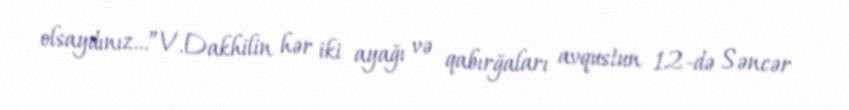
olsaydınız…”V.Dakhilin hər iki ayağı və qabırğaları avqustun 12-də Səncər